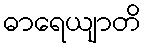
ဓာရေယျာတိ